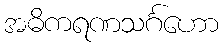
အဓိကရဏသင်္ဂဟော